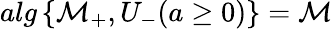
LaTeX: alg\left\{ \mathcal{M}_{+},U_{-}(a\geq 0)\right\} =\mathcal{M}